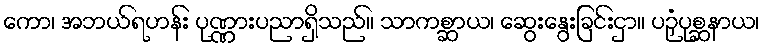
ကော၊ အဘယ်ရဟန်း ပုဏ္ဏားပညာရှိသည်။ သာကစ္ဆာယ၊ ဆွေးနွေးခြင်းငှာ။ ပဉှံပုစ္ဆနာယ၊